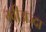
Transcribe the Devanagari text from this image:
ग्वीअज्दा